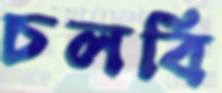
চলবি